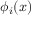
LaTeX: \phi _ { i } ( x )